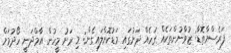
ފަރެސްމާތޮޑާ: ޒުވާނުންތަކެއް ގަހެއް ދަށުގައި މަޑުކޮށްލައިގެން: މި ރަށު މީހުން އާމްދަނީ ހޯދުމަށް